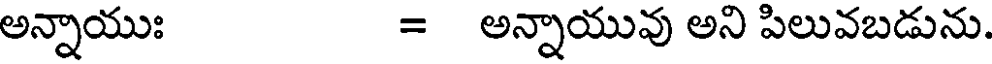
అన్నాయుః = అన్నాయువు అని పిలువబడును.